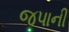
જપાની